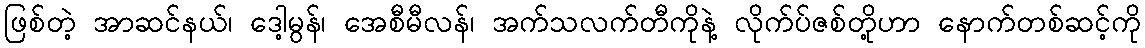
ဖြစ်တဲ့ အာဆင်နယ်၊ ဒေါ့မွန်၊ အေစီမီလန်၊ အက်သလက်တီကိုနဲ့ လိုက်ပ်ဇစ်တို့ဟာ နောက်တစ်ဆင့်ကို